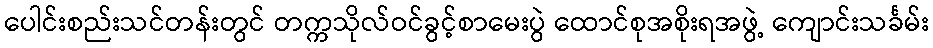
ပေါင်းစည်းသင်တန်းတွင် တက္ကသိုလ်ဝင်ခွင့်စာမေးပွဲ ထောင်စုအစိုးရအဖွဲ့ ကျောင်းသင်္ခမ်း